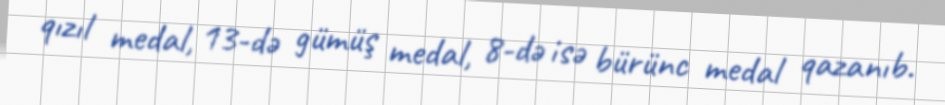
qızıl medal, 13-də gümüş medal, 8-də isə bürünc medal qazanıb.